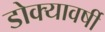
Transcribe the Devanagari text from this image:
डोक्यावर्षी